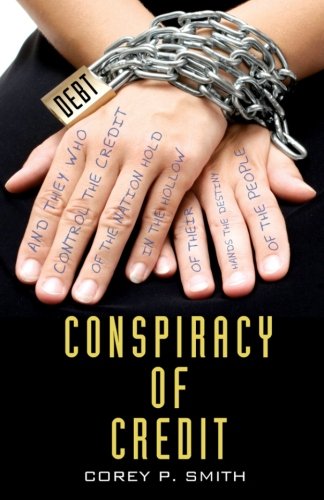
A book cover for Conspiracy of Credit; Corey P Smith; Business & Money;